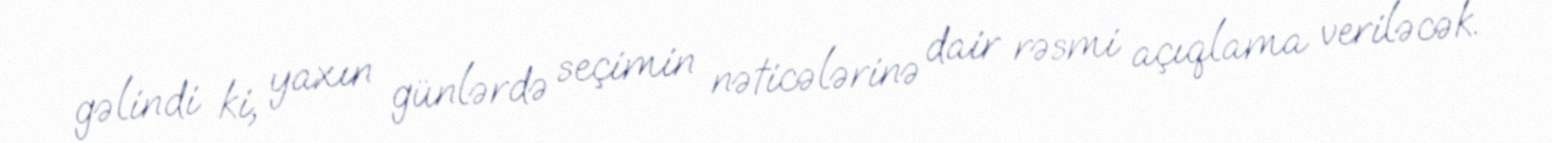
gəlindi ki, yaxın günlərdə seçimin nəticələrinə dair rəsmi açıqlama veriləcək.